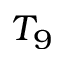
T _ { 9 }